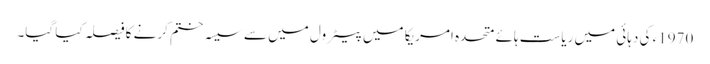
1970ء کی دہائی میں ریاست ہائے متحدہ امریکا میں پیٹرول میں سے سیسہ ختم کرنے کا فیصلہ کیا گیا۔